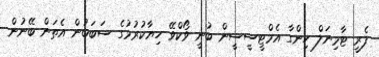
ފެރީ ޓާމިނަލް ހިންގާ އެމްޓީސީސީން ބުނީ ވޯކްވޭ ހިޔާކުރުމުގެ ސަބަބުން އެތަން ބޭނުން